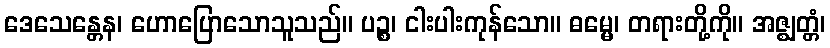
ဒေသေန္တေန၊ ဟောပြောသောသူသည်။ ပဉ္စ၊ ငါးပါးကုန်သော။ ဓမ္မေ၊ တရားတို့ကို။ အဇ္ဈတ္တံ၊